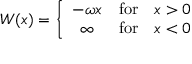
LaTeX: W ( x ) = \left\{ \begin{array} { c l l } { { - \omega x } } & { { \mathrm { f o r } } } & { { x > 0 } } \\ { { \infty } } & { { \mathrm { f o r } } } & { { x < 0 } } \end{array} \right.